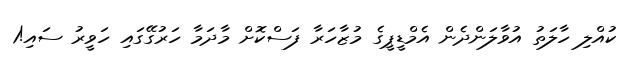
ކުއްލި ހާލަތު އުވާލަންދެން އެމްޑީޕީގެ މުޒާހަރާ ފަސްކޮށް މާދަމާ ހަރުގޭގައި ހަވީރު ސައި!1